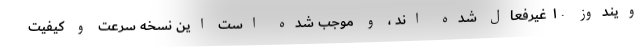
ویندوز ۱۰ غیرفعال شده اند ، و موجب شده است این نسخه سرعت و کیفیت